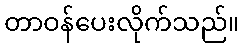
တာဝန်ပေးလိုက်သည်။